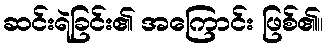
ဆင်းရဲခြင်း၏ အကြောင်း ဖြစ်၏။